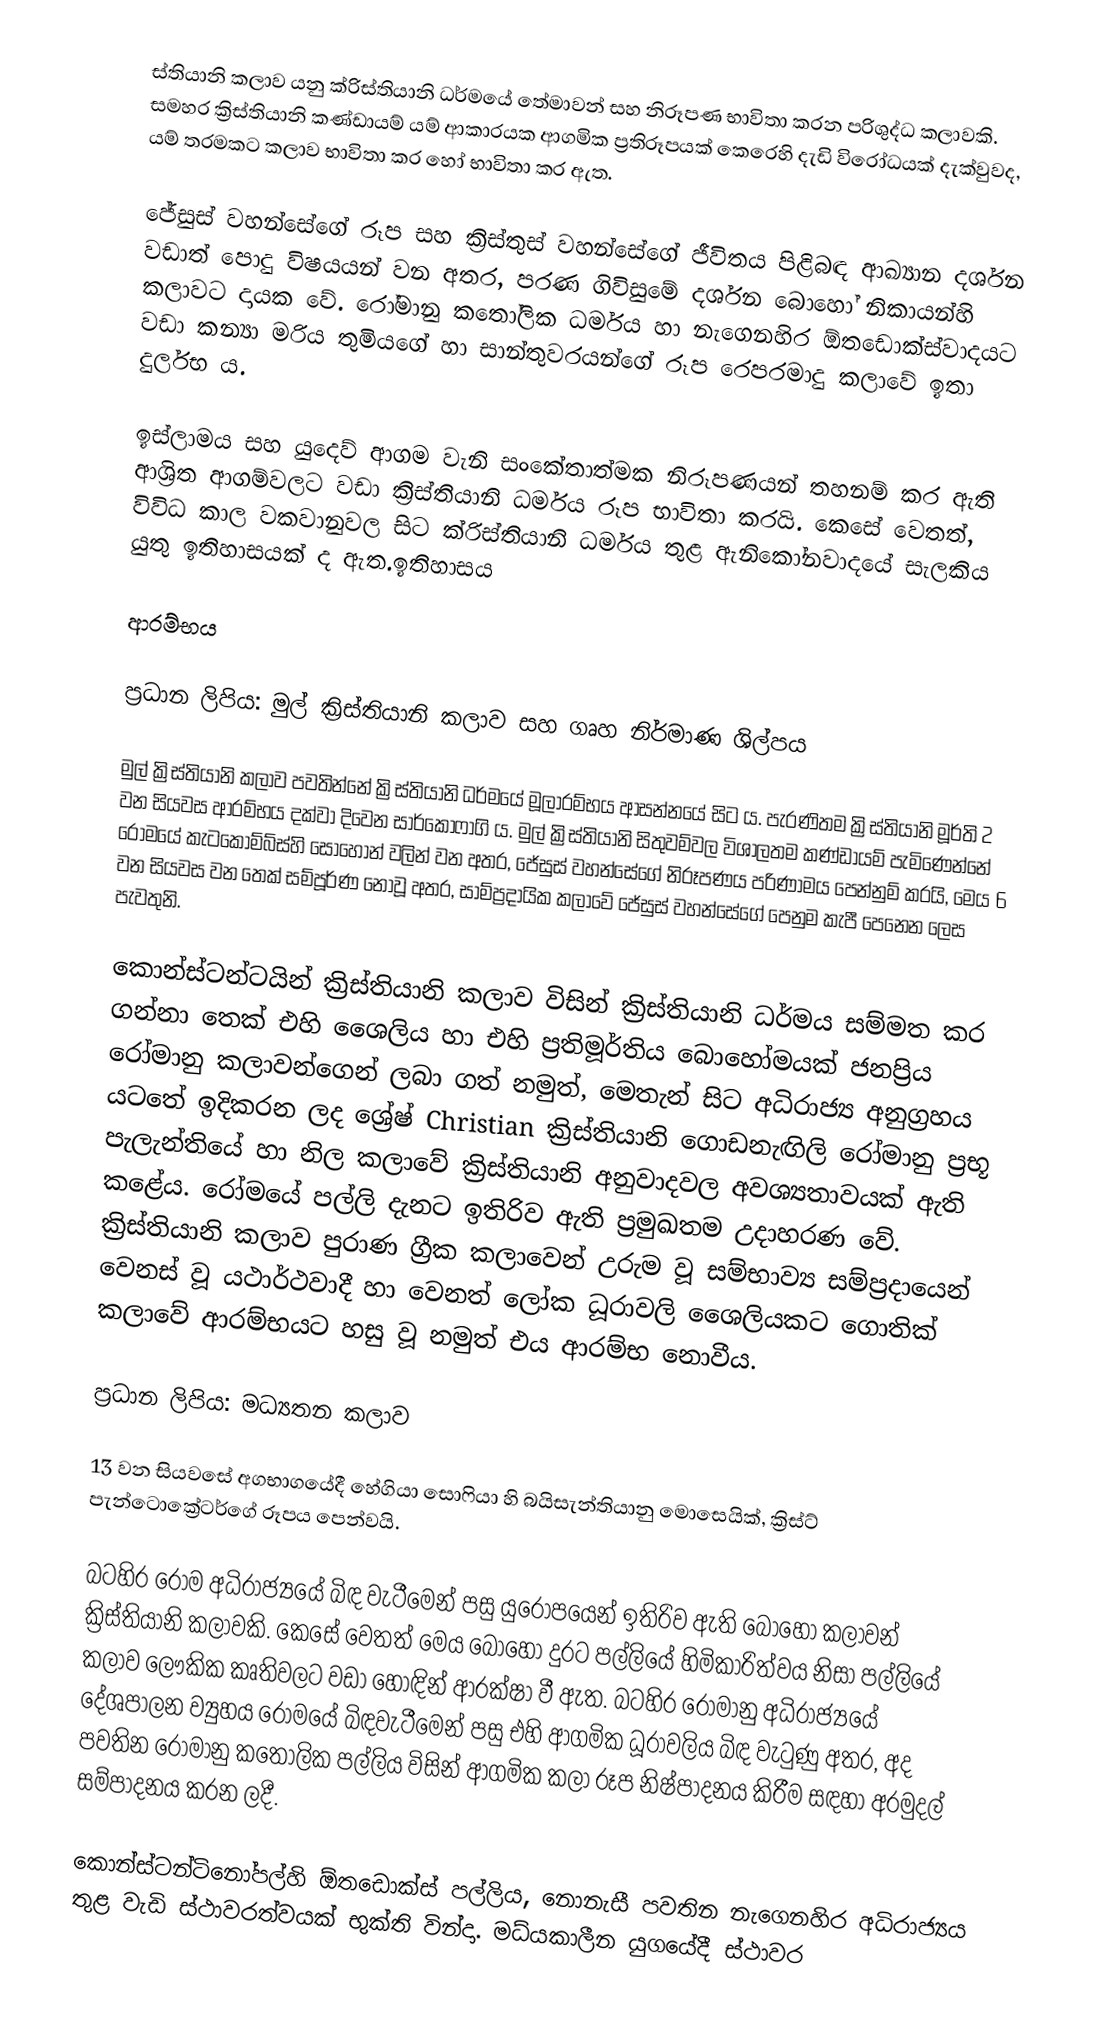
ස්තියානි කලාව යනු ක්රිස්තියානි ධර්මයේ තේමාවන් සහ නිරූපණ භාවිතා කරන පරිශුද්ධ කලාවකි. සමහර ක්‍රිස්තියානි කණ්ඩායම් යම් ආකාරයක ආගමික ප්‍රතිරූපයක් කෙරෙහි දැඩි විරෝධයක් දැක්වුවද, යම් තරමකට කලාව භාවිතා කර හෝ භාවිතා කර ඇත.

ජේසුස් වහන්සේගේ රූප සහ ක්‍රිස්තුස් වහන්සේගේ ජීවිතය පිළිබඳ ආඛ්‍යාන දර්ශන වඩාත් පොදු විෂයයන් වන අතර, පරණ ගිවිසුමේ දර්ශන බොහෝ නිකායන්හි කලාවට දායක වේ. රෝමානු කතෝලික ධර්මය හා නැගෙනහිර ඕතඩොක්ස්වාදයට වඩා කන්‍යා මරිය තුමියගේ හා සාන්තුවරයන්ගේ රූප රෙපරමාදු කලාවේ ඉතා දුර්ලභ ය.

ඉස්ලාමය සහ යුදෙව් ආගම වැනි සංකේතාත්මක නිරූපණයන් තහනම් කර ඇති ආශ්‍රිත ආගම්වලට වඩා ක්‍රිස්තියානි ධර්මය රූප භාවිතා කරයි. කෙසේ වෙතත්, විවිධ කාල වකවානුවල සිට ක්රිස්තියානි ධර්මය තුළ ඇනිකෝනවාදයේ සැලකිය යුතු ඉතිහාසයක් ද ඇත.ඉතිහාසය

ආරම්භය

ප්‍රධාන ලිපිය: මුල් ක්‍රිස්තියානි කලාව සහ ගෘහ නිර්මාණ ශිල්පය

මුල් ක්‍රිස්තියානි කලාව පවතින්නේ ක්‍රිස්තියානි ධර්මයේ මූලාරම්භය ආසන්නයේ සිට ය. පැරණිතම ක්‍රිස්තියානි මූර්ති 2 වන සියවස ආරම්භය දක්වා දිවෙන සාර්කෝෆාගි ය. මුල් ක්‍රිස්තියානි සිතුවම්වල විශාලතම කණ්ඩායම් පැමිණෙන්නේ රෝමයේ කැටකොම්බ්ස්හි සොහොන් වලින් වන අතර, ජේසුස් වහන්සේගේ නිරූපණය පරිණාමය පෙන්නුම් කරයි, මෙය 6 වන සියවස වන තෙක් සම්පූර්ණ නොවූ අතර, සාම්ප්‍රදායික කලාවේ ජේසුස් වහන්සේගේ පෙනුම කැපී පෙනෙන ලෙස පැවතුනි.

කොන්ස්ටන්ටයින් ක්‍රිස්තියානි කලාව විසින් ක්‍රිස්තියානි ධර්මය සම්මත කර ගන්නා තෙක් එහි ශෛලිය හා එහි ප්‍රතිමූර්තිය බොහෝමයක් ජනප්‍රිය රෝමානු කලාවන්ගෙන් ලබා ගත් නමුත්, මෙතැන් සිට අධිරාජ්‍ය අනුග්‍රහය යටතේ ඉදිකරන ලද ශ්‍රේෂ් Christian ක්‍රිස්තියානි ගොඩනැඟිලි රෝමානු ප්‍රභූ පැලැන්තියේ හා නිල කලාවේ ක්‍රිස්තියානි අනුවාදවල අවශ්‍යතාවයක් ඇති කළේය. රෝමයේ පල්ලි දැනට ඉතිරිව ඇති ප්‍රමුඛතම උදාහරණ වේ. ක්‍රිස්තියානි කලාව පුරාණ ග්‍රීක කලාවෙන් උරුම වූ සම්භාව්‍ය සම්ප්‍රදායෙන් වෙනස් වූ යථාර්ථවාදී හා වෙනත් ලෝක ධූරාවලි ශෛලියකට ගොතික් කලාවේ ආරම්භයට හසු වූ නමුත් එය ආරම්භ නොවීය.

ප්‍රධාන ලිපිය: මධ්‍යතන කලාව

13 වන සියවසේ අගභාගයේදී හේගියා සොෆියා හි බයිසැන්තියානු මොසෙයික්, ක්‍රිස්ට් පැන්ටොක්‍රේටර්ගේ රූපය පෙන්වයි.

බටහිර රෝම අධිරාජ්‍යයේ බිඳ වැටීමෙන් පසු යුරෝපයෙන් ඉතිරිව ඇති බොහෝ කලාවන් ක්‍රිස්තියානි කලාවකි. කෙසේ වෙතත් මෙය බොහෝ දුරට පල්ලියේ හිමිකාරිත්වය නිසා පල්ලියේ කලාව ලෞකික කෘතිවලට වඩා හොඳින් ආරක්ෂා වී ඇත. බටහිර රෝමානු අධිරාජ්‍යයේ දේශපාලන ව්‍යුහය රෝමයේ බිඳවැටීමෙන් පසු එහි ආගමික ධූරාවලිය බිඳ වැටුණු අතර, අද පවතින රෝමානු කතෝලික පල්ලිය විසින් ආගමික කලා රූප නිෂ්පාදනය කිරීම සඳහා අරමුදල් සම්පාදනය කරන ලදී.

කොන්ස්ටන්ටිනෝපල්හි ඕතඩොක්ස් පල්ලිය, නොනැසී පවතින නැගෙනහිර අධිරාජ්‍යය තුළ වැඩි ස්ථාවරත්වයක් භුක්ති වින්දා. මධ්යකාලීන යුගයේදී ස්ථාවර